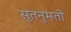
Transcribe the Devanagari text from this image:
सुतनुमतो